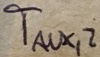
Text: Taux,2